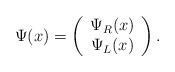
\begin{align*}\Psi(x) = \left( \begin{array}{c} \Psi_{R}(x) \\ \Psi_{L}(x) \end{array} \right).\end{align*}